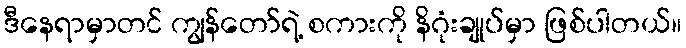
ဒီနေရာမှာတင် ကျွန်တော်ရဲ့ စကားကို နိဂုံးချုပ်မှာ ဖြစ်ပါတယ်။